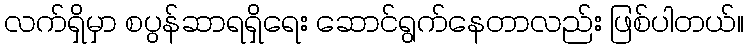
လက်ရှိမှာ စပွန်ဆာရရှိရေး ဆောင်ရွက်နေတာလည်း ဖြစ်ပါတယ်။